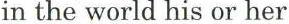
in the world his or her